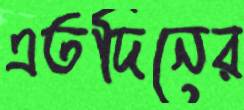
এতদিনের